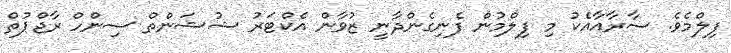
ފިލްމެވެ. ސާރާއާއެކު މި ފިލްމުން ފެނިގެންދާނީ ޒުވާން އެކްޓަރު ޝުޝަންތް ސިންހް ރާޖްޕުތް